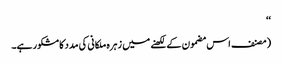
‘‘
(مصنف اس مضمون کے لکھنے میں زہرہ ملکانی کی مدد کا مشکور ہے۔